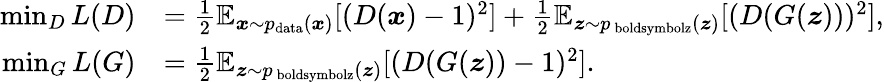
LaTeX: \begin{array}{rl}{\operatorname*{min}_{D}L(D)}&{=\frac{1}{2}\mathbb{E}_{\boldsymbol{x}\sim p_{\mathrm{data}}(\boldsymbol{x})}[(D(\boldsymbol{x})-1)^{2}]+\frac{1}{2}\mathbb{E}_{\boldsymbol{z}\sim p_{\mathrm{\ boldsymbol{z}}}(\boldsymbol{z})}[(D(G(\boldsymbol{z})))^{2}],}\\ {\operatorname*{min}_{G}L(G)}&{=\frac{1}{2}\mathbb{E}_{\boldsymbol{z}\sim p_{\mathrm{\ boldsymbol{z}}}(\boldsymbol{z})}[(D(G(\boldsymbol{z}))-1)^{2}].}\end{array}